Indian journal of veterinary science and animal husbandry - Volumes 28-29, 1958-1959
Year: 1958
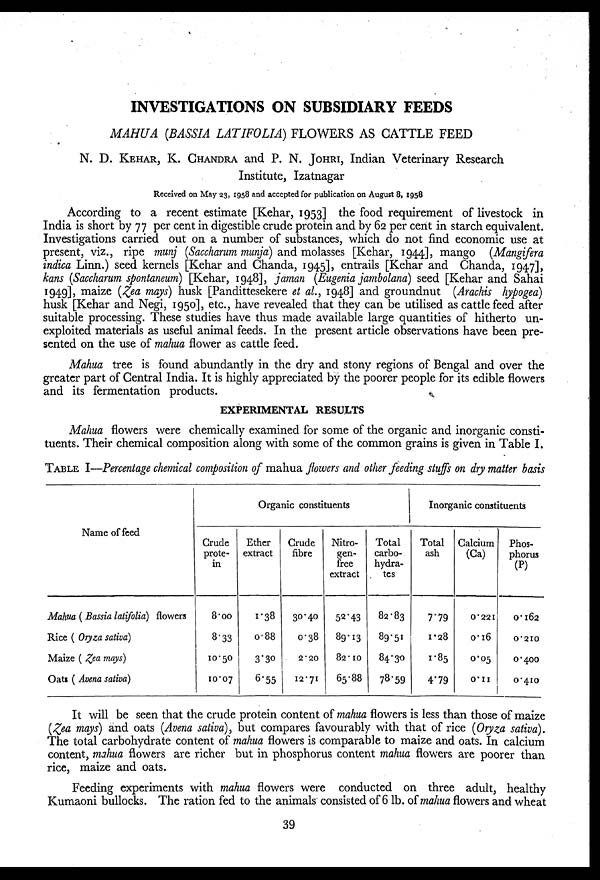
INVESTIGATIONS ON SUBSIDIARY FEEDS
MAHUA (BASSIA LATIFOLIA) FLOWERS AS CATTLE FEED
N. D. KEHAR, K. CHANDRA and P. N. JOHRI, Indian Veterinary Research
Institute, Izatnagar
Received on May 23, 1958 and accepted for publication on August 8, 1958
According to a recent estimate [Kehar, 1953] the food requirement of livestock in
India is short by 77 per cent in digestible crude protein and by 62 per cent in starch equivalent.
Investigations carried out on a number of substances, which do not find economic use at
present, viz., ripe munj (Saccharum munja) and molasses [Kehar, 1944], mango (Mangifera
indica Linn.) seed kernels [Kehar and Chanda, 1945], entrails [Kehar and Chanda, 1947],
kans (Saccharum spontaneum) [Kehar, 1948], jaman (Eugenia jambolana) seed [Kehar and Sahai
1949], maize (Zea mays) husk [Pandittesekere et al., 1948] and groundnut (Arachis hypogea)
husk [Kehar and Negi, 1950], etc., have revealed that they can be utilised as cattle feed after
suitable processing. These studies have thus made available large quantities of hitherto un-
exploited materials as useful animal feeds. In the present article observations have been pre-
sented on the use of mahua flower as cattle feed.
Mahua tree is found abundantly in the dry and stony regions of Bengal and over the
greater part of Central India. It is highly appreciated by the poorer people for its edible flowers
and its fermentation products.
EXPERIMENTAL RESULTS
Mahua flowers were chemically examined for some of the organic and inorganic consti-
tuents. Their chemical composition along with some of the common grains is given in Table I.
TABLE I—Percentage chemical composition of mahua flowers and other feeding stuffs on dry matter basis
Name of feed
Mahua ( Bassia latifolia) flowers
Rice ( Oryza sativa)
Maize ( Zea mays)
Oats ( Avena sativa)
Organic constituents
Crude
prote-
in
8.00
8.33
10.50
10.07
Ether
extract
1.38
0.88
3.30
6.55
Crude
fibre
30.40
0.38
2.20
12.71
Nitro-
gen-
free
extract
52.43
89.13
82.10
65.88
Total
carbo-
hydra-
tes
82.83
89.51
84.30
78.59
Inorganic constituents
Total
ash
7.79
1.28
1.85
4.79
Calcium
(Ca)
0.221
0.16
0.05
0.11
Phos-
phorus
(P)
0.162
0.210
0.400
0.410
It will be seen that the crude protein content of mahua flowers is less than those of maize
(Zea mays) and oats (Avena sativa), but compares favourably with that of rice (Oryza sativa).
The total carbohydrate content of mahua flowers is comparable to maize and oats. In calcium
content, mahua flowers are richer but in phosphorus content mahua flowers are poorer than
rice, maize and oats.
Feeding experiments with mahua flowers were conducted on three adult, healthy
Kumaoni bullocks. The ration fed to the animals consisted of 6 lb. of mahua flowers and wheat
39